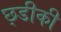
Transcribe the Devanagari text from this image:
छ्डीकी